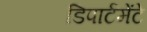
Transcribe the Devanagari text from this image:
डिपार्टमेंटे